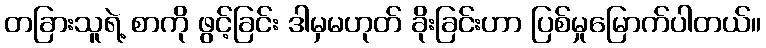
တခြားသူရဲ့ စာကို ဖွင့်ခြင်း ဒါမှမဟုတ် ခိုးခြင်းဟာ ပြစ်မှုမြောက်ပါတယ်။